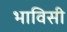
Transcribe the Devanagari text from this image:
भाविसी